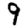
Digit: 9